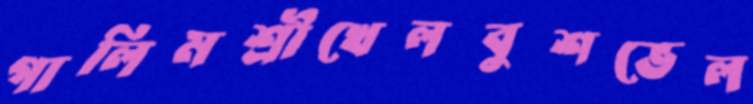
গালিমশ্রীখেলবুশভেল